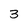
Character: 3